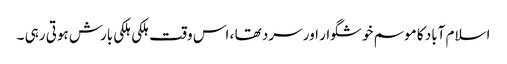
اسلام آباد کا موسم خوشگوار اور سرد تھا ، اس وقت ہلکی ہلکی بارش ہوتی رہی ۔